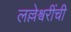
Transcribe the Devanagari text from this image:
लल्लेश्वरींची